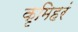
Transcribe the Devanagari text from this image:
कृमिहरं